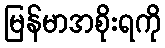
မြန်မာအစိုးရကို